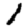
Digit: 1